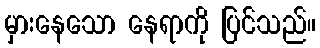
မှားနေသော နေရာကို ပြင်သည်။